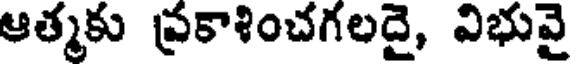
ఆత్మకు ప్రకాశించగలదై, విభువై